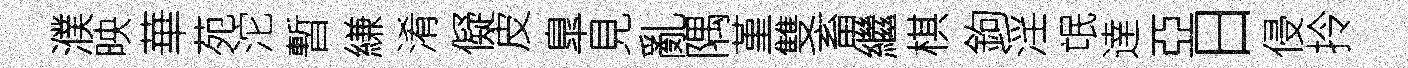
濮映華苑沱暫縑淆儗皮臯見亂隅堇雙畜繼棋鉤淫氓逹亞日侵拎